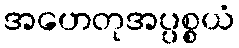
အဟေတုအပ္ပစ္စယံ